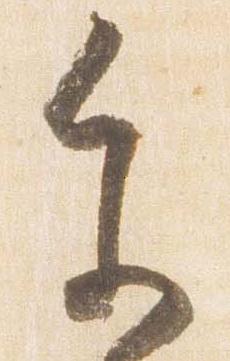
参